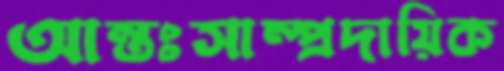
আন্তঃসাম্প্রদায়িক